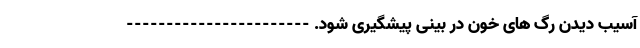
آسیب دیدن رگ های خون در بینی پیشگیری شود. -----------------------